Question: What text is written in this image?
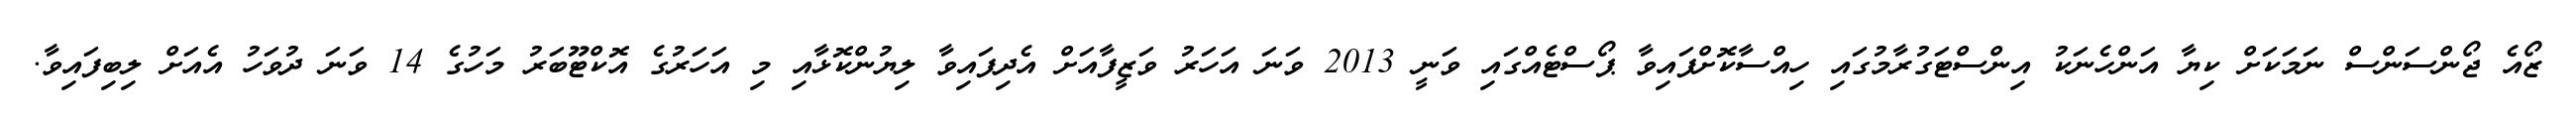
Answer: ޒޯއެ ޖޯންސަންސް ނަމަކަށް ކިޔާ އަންހެނަކު އިންސްޓަގުރާމުގައި ހިއްސާކޮށްފައިވާ ޕޯސްޓެއްގައި ވަނީ 2013 ވަނަ އަހަރު ވަޒީފާއަށް އެދިފައިވާ ލިޔުންކޮޅާއި މި އަހަރުގެ އޮކްޓޫބަރު މަހުގެ 14 ވަނަ ދުވަހު އެއަށް ލިބިފައިވާ.